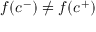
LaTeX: f ( c ^ { - } ) \neq f ( c ^ { + } )